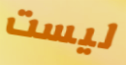
ليست